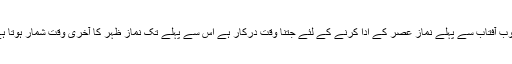
غروب آفتاب سے پہلے نماز عصر کے ادا کرنے کے لئے جتنا وقت درکار ہے اس سے پہلے تک نماز ظہر کا آخری وقت شمار ہوتا ہے ۔